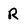
Character: R